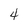
Character: 4